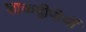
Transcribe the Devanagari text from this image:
शाकद्वीपीयों